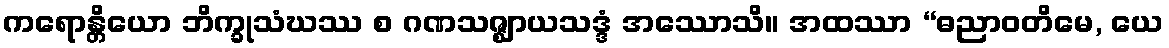
ကရောန္တိယော ဘိက္ခုသံဃဿ စ ဂဏသဇ္ဈာယသဒ္ဒံ အဿောသိ။ အထဿာ “ဓညာဝတိမေ, ယေ